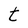
Character: t